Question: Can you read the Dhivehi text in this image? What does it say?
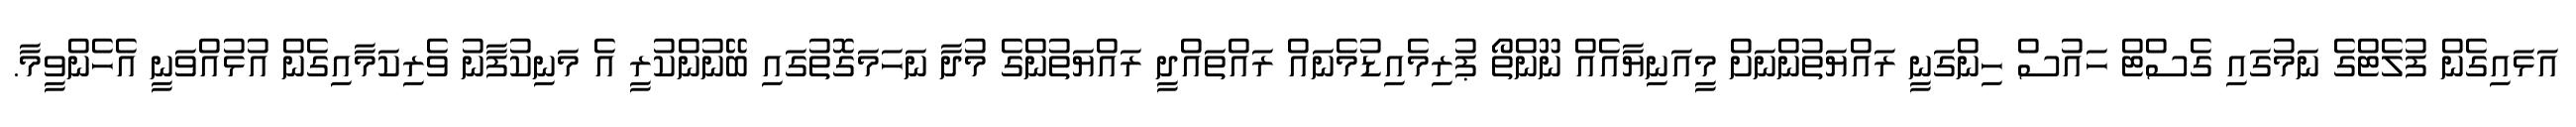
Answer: އަޅައިގެން ފުލެޓްގެ ނަމުގައި ގެސްޓް ހައުސް ހިންގަނީ ރައްޔަތުންނަށް މީއަނިޔާއެއް ނޫންތޯ ޕުރިމެއިޑުމެނައް ރައްތައްދީ ރައްޔަތުންގެ މުދާ ނަހަމަގޮތުގައި ބޭނުންކުރީ އެ މަނިކުފާނު ވެރިކަމާއިގެން އުޅުއްވަނީ އެހެންވީމާ.